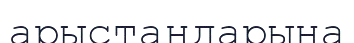
арыстандарына